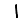
Digit: 1